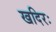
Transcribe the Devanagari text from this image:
खदिरः